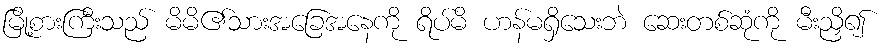
မြို့စားကြီးသည် မိမိ၏သားအခြေအနေကို ရိပ်မိ ဟန်မရှိသေးဘဲ ဆေးတစ်ဆုံကို မီးညှိ၍